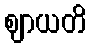
ဈာယတိ